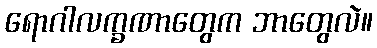
ရောဂါလက္ခဏာတွေက ဘာတွေလဲ။